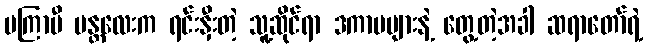
မကြာမီ မန္တလေးက ရင်းနှီးတဲ့ သူ့ဆိုင်ရာ ဒကာမများနဲ့ တွေ့တဲ့အခါ ဆရာတော်ရဲ့